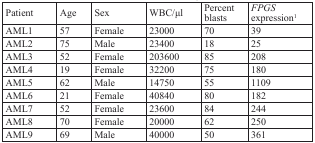
<table><thead><tr><td><b>Patient</b></td><td><b>Age</b></td><td><b>Sex</b></td><td><b>WBC/μl</b></td><td><b>Percent blasts</b></td><td><b><i>FPGS</i> expression<sup>1</sup></b></td></tr></thead><tbody><tr><td>AML1</td><td>57</td><td>Female</td><td>23000</td><td>70</td><td>39</td></tr><tr><td>AML2</td><td>75</td><td>Male</td><td>23400</td><td>18</td><td>25</td></tr><tr><td>AML3</td><td>52</td><td>Female</td><td>203600</td><td>85</td><td>208</td></tr><tr><td>AML4</td><td>19</td><td>Female</td><td>32200</td><td>75</td><td>180</td></tr><tr><td>AML5</td><td>62</td><td>Male</td><td>14750</td><td>55</td><td>1109</td></tr><tr><td>AML6</td><td>21</td><td>Female</td><td>40840</td><td>80</td><td>182</td></tr><tr><td>AML7</td><td>52</td><td>Female</td><td>23600</td><td>84</td><td>244</td></tr><tr><td>AML8</td><td>70</td><td>Female</td><td>20000</td><td>62</td><td>250</td></tr><tr><td>AML9</td><td>69</td><td>Male</td><td>40000</td><td>50</td><td>361</td></tr></tbody></table>